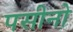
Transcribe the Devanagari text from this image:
पसीनो